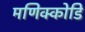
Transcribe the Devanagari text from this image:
मणिक्कोडि